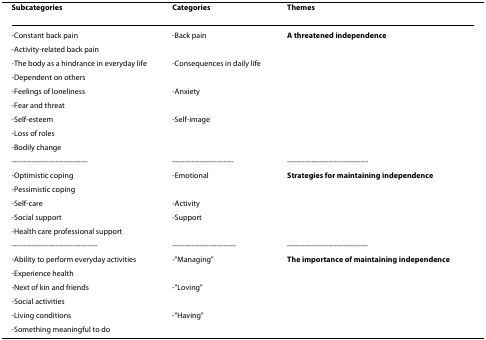
<table><thead><tr><td><b>Subcategories</b></td><td><b>Categories</b></td><td><b>Themes</b></td></tr></thead><tbody><tr><td>-Constant back pain</td><td>-Back pain</td><td><b>A threatened independence</b></td></tr><tr><td>-Activity-related back pain</td><td></td><td></td></tr><tr><td>-The body as a hindrance in everyday life</td><td>-Consequences in daily life</td><td></td></tr><tr><td>-Dependent on others</td><td></td><td></td></tr><tr><td>-Feelings of loneliness</td><td>-Anxiety</td><td></td></tr><tr><td>-Fear and threat</td><td></td><td></td></tr><tr><td>-Self-esteem</td><td>-Self-image</td><td></td></tr><tr><td>-Loss of roles</td><td></td><td></td></tr><tr><td>-Bodily change</td><td></td><td></td></tr><tr><td>-------------------------------</td><td>-------------------------</td><td>---------------------------------</td></tr><tr><td>-Optimistic coping</td><td>-Emotional</td><td><b>Strategies for maintaining independence</b></td></tr><tr><td>-Pessimistic coping</td><td></td><td></td></tr><tr><td>-Self-care</td><td>-Activity</td><td></td></tr><tr><td>-Social support</td><td>-Support</td><td></td></tr><tr><td>-Health care professional support</td><td></td><td></td></tr><tr><td>-----------------------------------</td><td>--------------------------</td><td>---------------------------------</td></tr><tr><td>-Ability to perform everyday activities</td><td>-&quot;Managing&quot;</td><td><b>The importance of maintaining independence</b></td></tr><tr><td>-Experience health</td><td></td><td></td></tr><tr><td>-Next of kin and friends</td><td>-&quot;Loving&quot;</td><td></td></tr><tr><td>-Social activities</td><td></td><td></td></tr><tr><td>-Living conditions</td><td>-&quot;Having&quot;</td><td></td></tr><tr><td>-Something meaningful to do</td><td></td><td></td></tr></tbody></table>